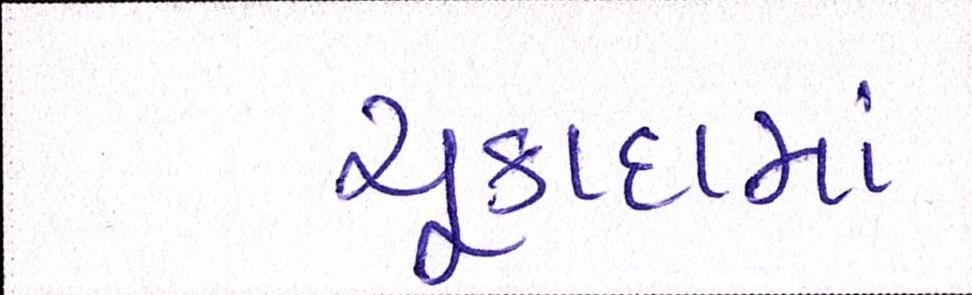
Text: ચૂકાદામાં